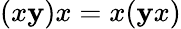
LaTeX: (x\mathbf{y})x=x(\mathbf{y}x)